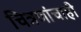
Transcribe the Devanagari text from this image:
चित्रणांचाही